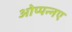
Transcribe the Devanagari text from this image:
ओप्पन्नए